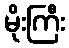
မိုးကြီး